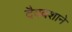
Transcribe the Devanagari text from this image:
दैववशाने